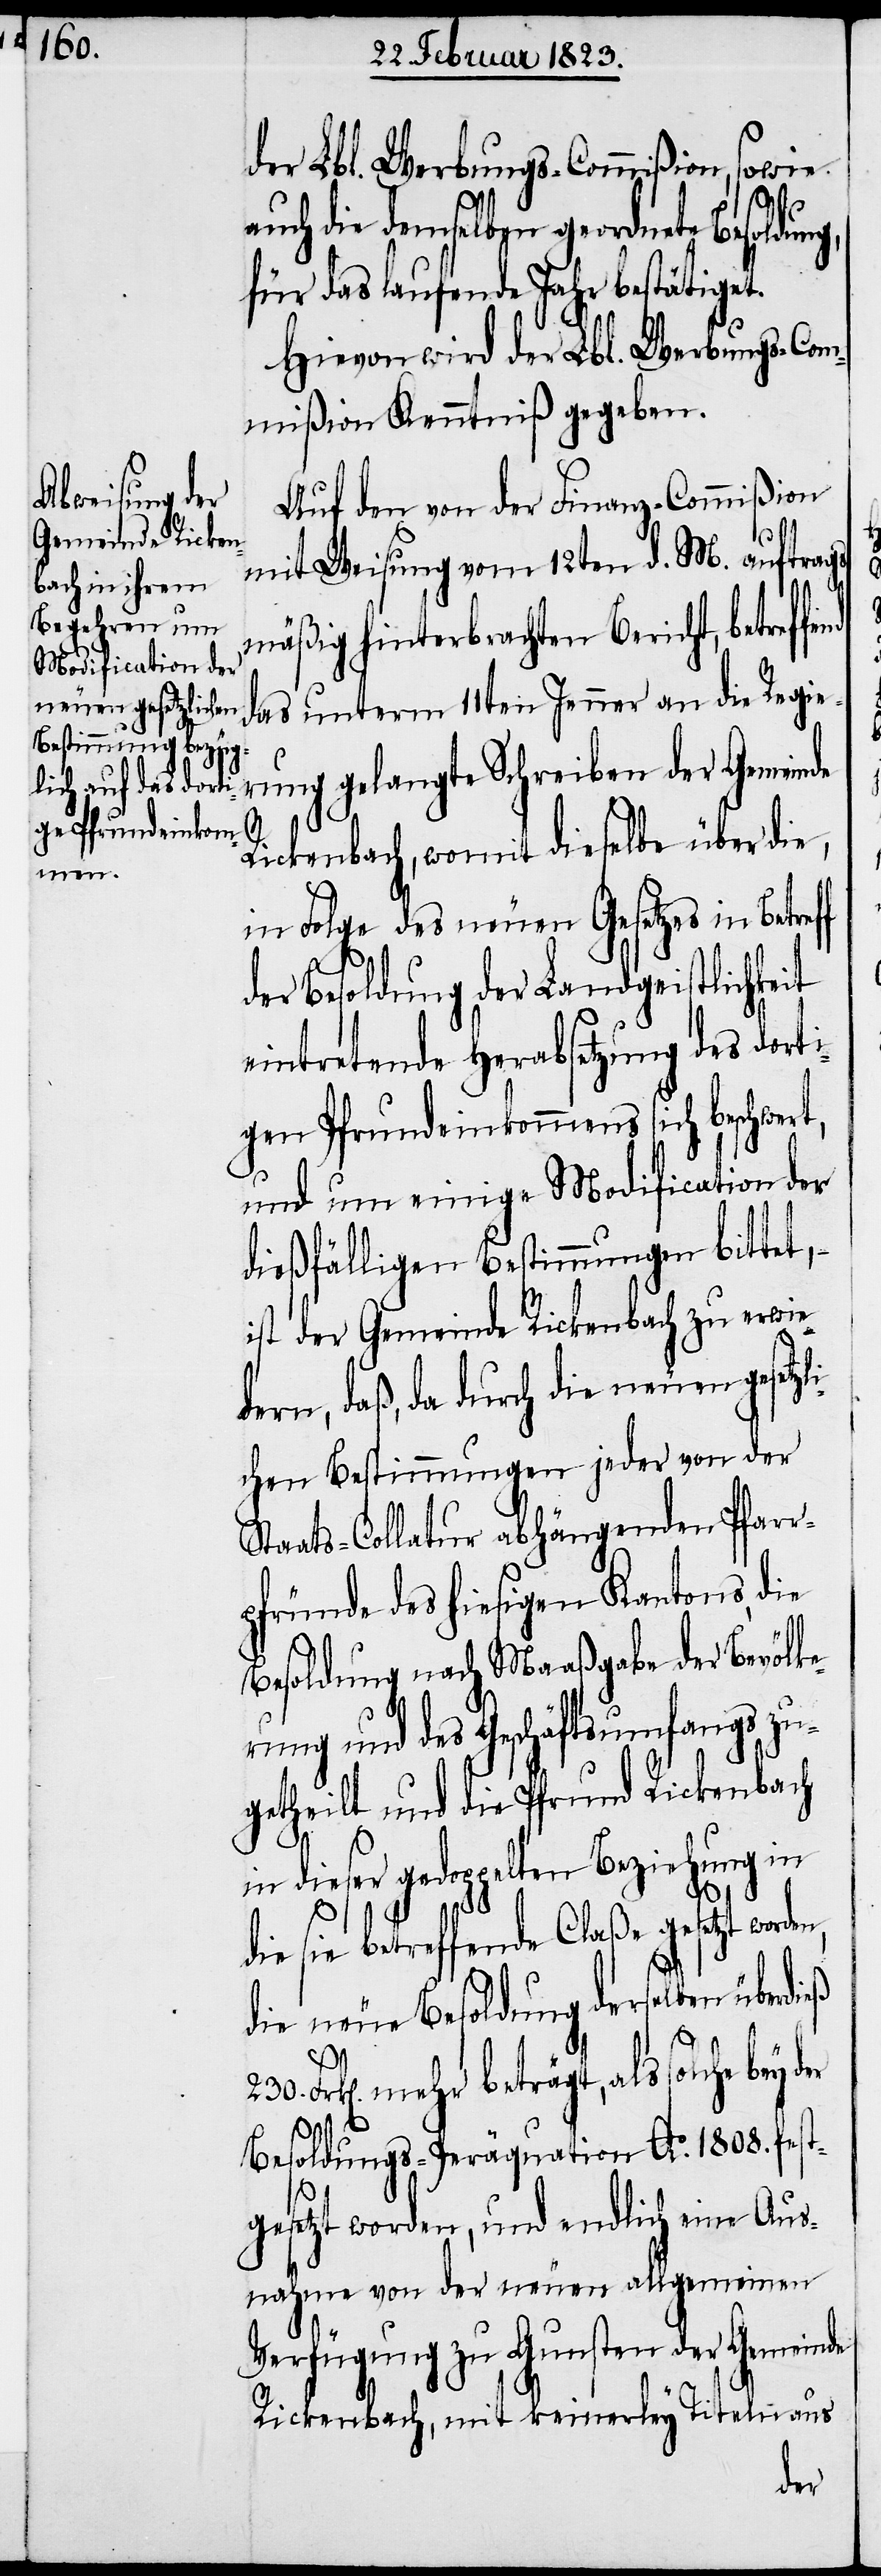
end

der Lbl. Werbungs-Commißion, sowie
dieß
auch die demselben geordnete Besoldung,
für das laufende Jahr bestätiget.
Hievon wird der Lbl. Werbungs-Com¬
mißion Kenntniß gegeben.
Auf den von der Finanz-Commißion
230.
mit Weisung vom 12ten d. M. auftrags¬
mäßig hinterbrachten Bericht, betreff¬
das unterm 11ten Jenner an die Regier¬
ung gelangte Schreiben der Gemeinde
Rickenbach, womit dieselbe über die,
in Folge des neuen Gesetzes in Betref¬
der Besoldung der Landgeistlichkeit
eintretende Herabsetzung des dorti¬
gen Pfrundeinkommens sich beschwer¬
und um einige Modification der
dießfälligen Bestimmungen bittet, –
ist der Gemeinde Rickenbach zu erwied¬
ern, daß, da durch die neuen gesetz¬
chen Bestimmungen jeder von der
Staats-Collatur abhängenden Pfarr¬
pfründe des hiesigen Kantons, die
Besoldung nach Maaßgabe der Bevölke¬
rung und des Geschäftsumfangs zu¬
getheilt und die Pfrund Rickenbach
in dieser gedoppelten Beziehung in
li¬
die sie betreffende Claße gesetzt worden,
die neue Besoldung derselben über¬
mehr beträgt, als solche bey
Besoldungs-Peräquation Ao. 1808. fest¬
gesetzt worden, und endlich eine Aus¬
nahme von der neuen allgemeinen
Verfügung zu Gunsten der Gemeinde
Rickenbach, mit keinerley Titeln aus
der